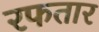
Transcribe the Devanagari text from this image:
रफतार